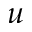
\boldsymbol { u }